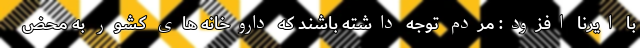
با ایرنا افزود: مردم توجه داشته باشند که داروخانه های کشور به محض